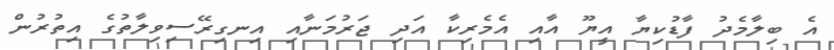
އެ ބިލާމެދު ފާޑުކިޔާ އީޔޫ އާއި އެމެރިކާ އަދި ޖަރުމަނާއި އިނގިރޭސިވިލާތުގެ އިތުރުން